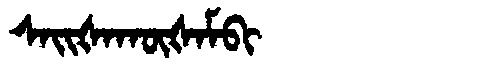
Manchu: ᠰᠠᡳᡧᠠᡴᡡᡧᠠᠮᠪᡳ
Romanization: SAIŠAKŪŠAMBI